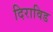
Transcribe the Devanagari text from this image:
दिराविड